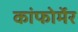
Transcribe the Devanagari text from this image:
कांफोर्मेर